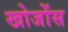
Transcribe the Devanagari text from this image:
खोजोंस